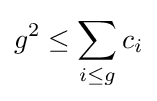
g^{2}\leq \sum _{i\leq g}c_{i}